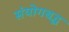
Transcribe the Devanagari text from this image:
संयोगबद्ध